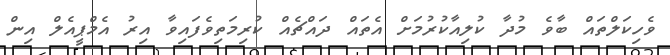
ވެހިކަލްތައް ބާވެ މުދާ ކުލިއާކުރުމަށް އެތައް ދައްޗެއް ކުރިމަތިވެފައިވާ އިރު އެމްޕީއެލް އިން